Annual report on the working of the mental hospitals in the Madras Presidency - 1912-1932
Year: 1912
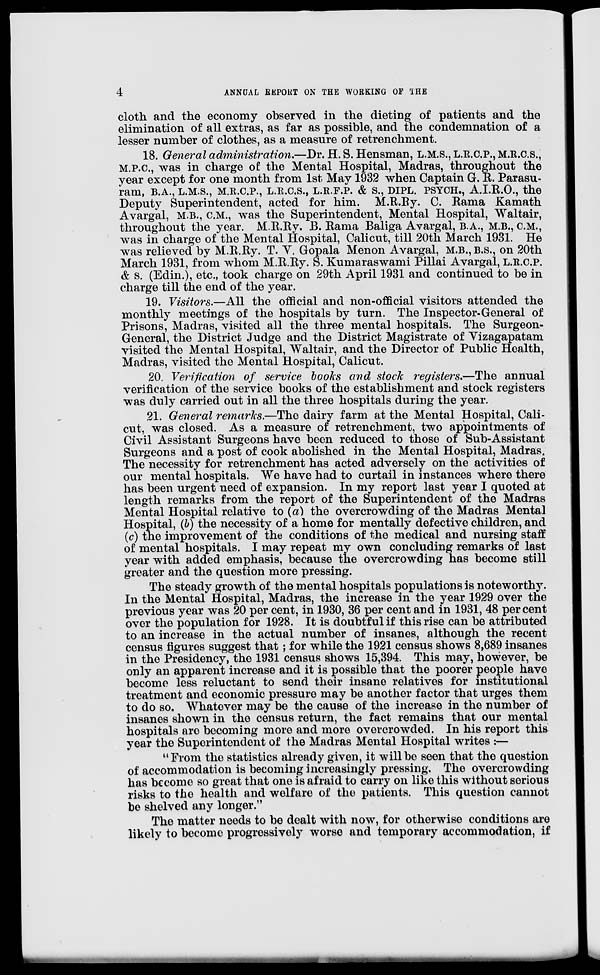
4
ANNUAL REPORT ON THE WORKING OF THE
cloth and the economy observed in the dieting of patients and the
elimination of all extras, as far as possible, and the condemnation of a
lesser number of clothes, as a measure of retrenchment.
18. General administration.—Dr. H. S. Hensman, L.M.S., L.R.C.P., M.R.C.S.,
M.P.C, was in charge of the Mental Hospital, Madras, throughout the
year except for one month from 1st May 1932 when Captain G. R. Parasu-
ram, B.A., L.M.S., M.R.C.P., L.R.C.S., L.R.F.P. & S., DIPL. PSYCH., A.I.R.O., the
Deputy Superintendent, acted for him. M.R.Ry. C. Rama Kamath
Avargal, M.B., C.M., was the Superintendent, Mental Hospital, Waltair,
throughout the year. M.R.Ry. B. Rama Baliga Avargal, B.A., M.B., C.M.,
was in charge of the Mental Hospital, Calicut, till 20th March 1931. He
was relieved by M.R.Ry. T. V. Gopala Menon Avargal, M.B.,B.S., on 20th
March 1931, from whom M.R.Ry. S. Kumaraswami Pillai Avargal, L.R.C.P.
& S. (Edin.), etc., took charge on 29th April 1931 and continued to be in
charge till the end of the year.
19. Visitors.—All the official and non-official visitors attended the
monthly meetings of the hospitals by turn. The Inspector-General of
Prisons, Madras, visited all the three mental hospitals. The Surgeon-
General, the District Judge and the District Magistrate of Vizagapatam
visited the Mental Hospital, Waltair, and the Director of Public Health,
Madras, visited the Mental Hospital, Calicut.
20. Verification of service books and stock registers.—The annual
verification of the service books of the establishment and stock registers
was duly carried out in all the three hospitals during the year.
21. General remarks.—The dairy farm at the Mental Hospital, Cali-
cut, was closed. As a measure of retrenchment, two appointments of
Civil Assistant Surgeons have been reduced to those of Sub-Assistant
Surgeons and a post of cook abolished in the Mental Hospital, Madras.
The necessity for retrenchment has acted adversely on the activities of
our mental hospitals. We have had to curtail in instances where there
has been urgent need of expansion. In my report last year I quoted at
length remarks from the report of the Superintendent of the Madras
Mental Hospital relative to (a) the overcrowding of the Madras Mental
Hospital, (b) the necessity of a home for mentally defective children, and
(c) the improvement of the conditions of the medical and nursing staff
of mental hospitals. I may repeat my own concluding remarks of last
year with added emphasis, because the overcrowding has become still
greater and the question more pressing.
The steady growth of the mental hospitals populations is noteworthy.
In the Mental Hospital, Madras, the increase in the year 1929 over the
previous year was 20 per cent, in 1930, 36 per cent and in 1931, 48 percent
over the population for 1928. It is doubtful if this rise can be attributed
to an increase in the actual number of insanes, although the recent
census figures suggest that; for while the 1921 census shows 8,689 insanes
in the Presidency, the 1931 census shows 15,394. This may, however, be
only an apparent increase and it is possible that the poorer people have
become less reluctant to send their insane relatives for institutional
treatment and economic pressure may be another factor that urges them
to do so. Whatever may be the cause of the increase in the number of
insanes shown in the census return, the fact remains that our mental
hospitals are becoming more and more overcrowded. In his report this
year the Superintendent of the Madras Mental Hospital writes :—
"From the statistics already given, it will be seen that the question
of accommodation is becoming increasingly pressing. The overcrowding
has become so great that one is afraid to carry on like this without serious
risks to the health and welfare of the patients. This question cannot
be shelved any longer."
The matter needs to be dealt with now, for otherwise conditions are
likely to become progressively worse and temporary accommodation, if